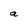
Character: a